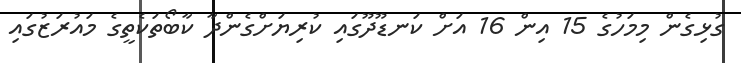
ގުޅިގެން މިމަހުގެ 15 އިން 16 އަށް ކަނޑޫދޫގައި ކުރިޔަށްގެންދާ ކާބޯތަކެތީގެ މައުރަޒުގައި